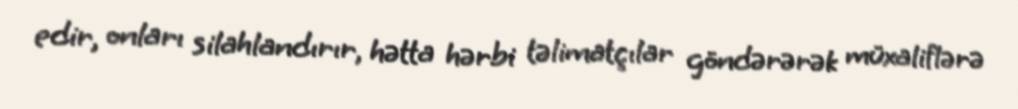
edir, onları silahlandırır, hətta hərbi təlimatçılar göndərərək müxaliflərə